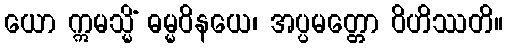
ယော ဣမသ္မိံ ဓမ္မဝိနယေ၊ အပ္ပမတ္တော ဝိဟိဿတိ။